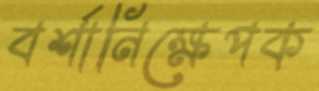
বর্শানিক্ষেপক